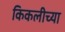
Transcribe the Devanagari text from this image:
किकलीच्या